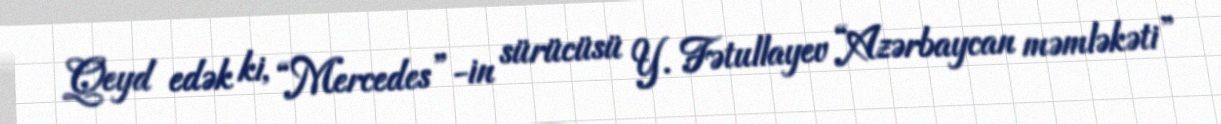
Qeyd edək ki, “Mercedes”-in sürücüsü Y. Fətullayev “Azərbaycan məmləkəti”